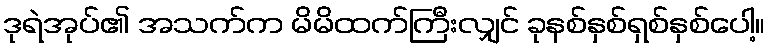
ဒုရဲအုပ်၏ အသက်က မိမိထက်ကြီးလျှင် ခုနစ်နှစ်ရှစ်နှစ်ပေါ့။